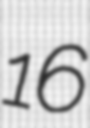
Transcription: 16